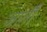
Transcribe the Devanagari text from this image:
जातीँ